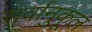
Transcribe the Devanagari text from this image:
सर्वानुकूल